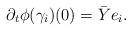
LaTeX: \begin{align*}\partial_t \phi(\gamma_i)(0) = \bar{Y} e_i.\end{align*}